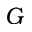
G